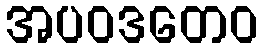
အပဝဒတေဝ